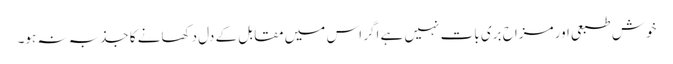
خوش طبعی اور مزاح بری بات نہیں ہے اگر اس میں مقابل کے دل دکھانے کا جذبہ نہ ہو۔